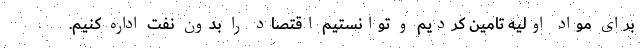
برای مواد اولیه تامین کردیم و توانستیم اقتصاد را بدون نفت اداره کنیم.